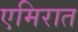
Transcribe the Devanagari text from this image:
एमिरात